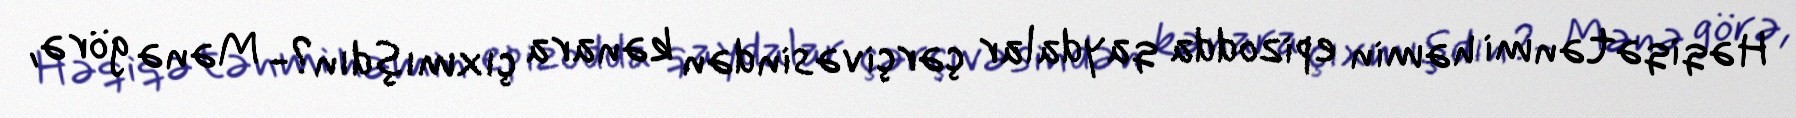
Həqiqətənmi həmin epizodda qaydalar çərçivəsindən kənara çıxmışdın?- Mənə görə,